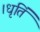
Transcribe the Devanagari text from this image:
।धृतिं